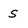
Character: s